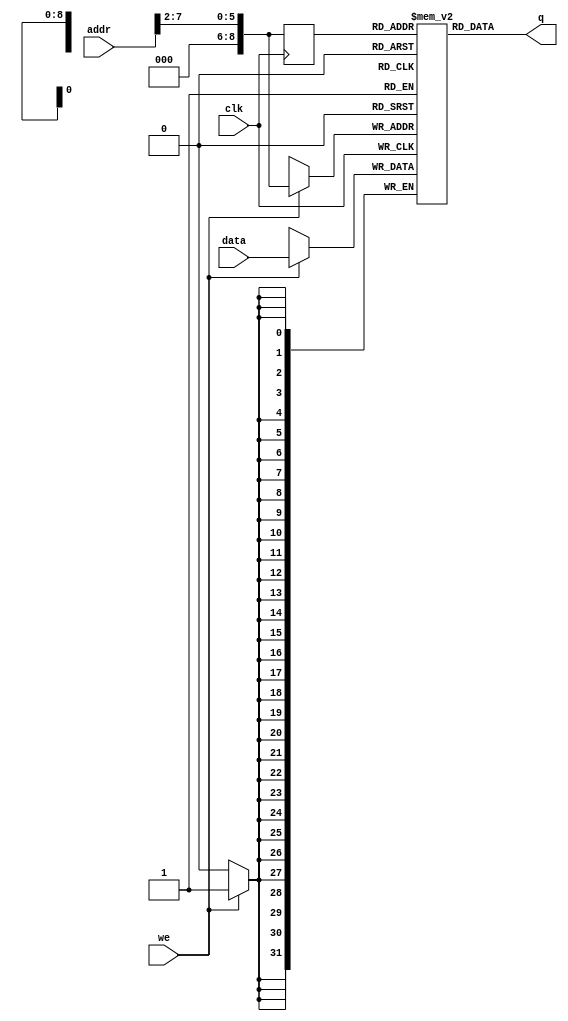
/****************************************************************************************
*****************************************************************************************
Name: 
	single_port_ram
	
Description: 
	This is a RAM memory

Subject:
	Microprocessors Design - ITESO

Author:
	Cesar Carlos Robles Martinez 

Date:
	14/04/2019
*****************************************************************************************
*****************************************************************************************/
// Quartus II Verilog Template
// Single port RAM with single read/write address 

module single_port_ram 
#(
parameter DATA_WIDTH=32, 
parameter ADDR_WIDTH=512
)

(
//inputs
	input [DATA_WIDTH -1:0] data,
	input [ADDR_WIDTH -1:0] addr,
	input we, 
	input clk,
//outputs	
	output [DATA_WIDTH -1:0] q
);

/**************************************************************************
RAM

Due the limitations of the internal Rom that can be managed by the FPGA, it
is needed to reduces the words for the implementation

it is taken the 32 address-with and are only taken the 7:0 bits to calculate
the address, the deep to the RAM will be changed depending on the implementation
required 

**************************************************************************/

	// Declare the RAM variable
	reg [DATA_WIDTH-1:0] ram[ADDR_WIDTH-1:0];
		
	wire [7:0]addr_real;	

	assign addr_real = addr [7:0] >> 2;
	
	// Variable to hold the registered read address
	reg [ADDR_WIDTH-1:0] addr_logic;

	always @ (posedge clk)
	begin
		// Write
		if (we) //addr
			ram[addr_real] <= data;

		addr_logic <= addr_real;
	end

	// Continuous assignment implies read returns NEW data.
	// This is the natural behavior of the TriMatrix memory
	// blocks in Single Port mode.  
	assign q = ram[addr_logic];

endmodule